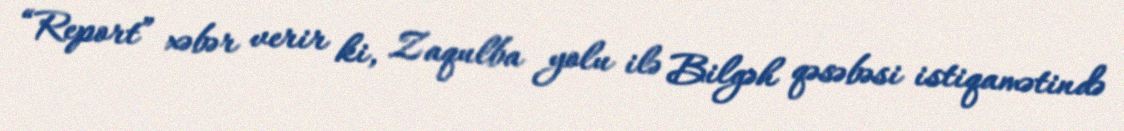
“Report” xəbər verir ki, Zaqulba yolu ilə Bilgəh qəsəbəsi istiqamətində